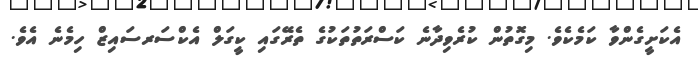
އެކަށީގެންވާ ކަމެކެވެ. މިގޮތުން ކުރެވިދާނެ ކަސްރަތުތަކުގެ ތެރޭގައި ކީގަލް އެކްސަރސައިޒް ހިމެނެ އެވެ.